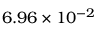
6 . 9 6 \times 1 0 ^ { - 2 }